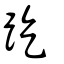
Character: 趷